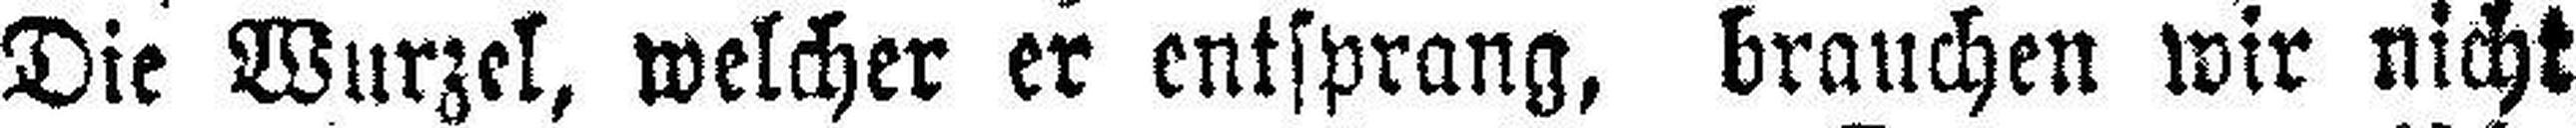
Die Wurzel, welcher er entsprang, brauchen wir nicht